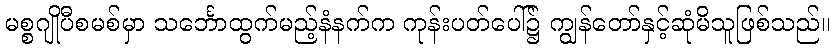
မစ္စဂျိုပီစမစ်မှာ သင်္ဘောထွက်မည့်နံနက်က ကုန်းပတ်ပေါ်၌ ကျွန်တော်နှင့်ဆုံမိသူဖြစ်သည်။